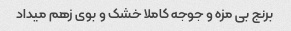
برنج بی مزه و جوجه کاملا خشک و بوی زهم میداد